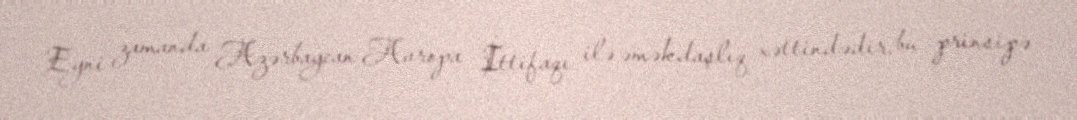
Eyni zamanda Azərbaycan Avropa İttifaqı ilə əməkdaşlıq xəttindədir, bu prinsipə